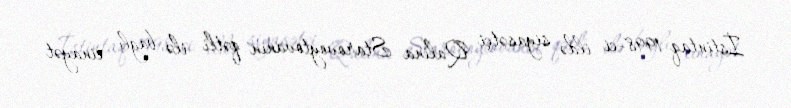
İstintaq 1998-ci ildə siyasətçi Qalina Starovoytovanın qətli ilə bağlı cinayət